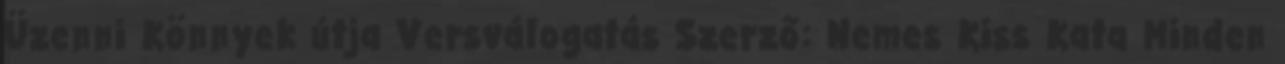
Üzenni Könnyek útja Versválogatás Szerző: Nemes Kiss Kata Minden